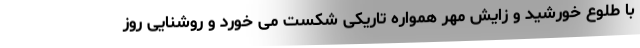
با طلوع خورشید و زایش مهر همواره تاریکی شکست می خورد و روشنایی روز